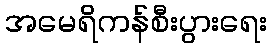
အမေရိကန်စီးပွားရေး